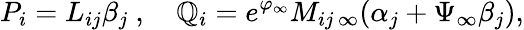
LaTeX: P_{i}=L_{ij}{\beta}_{j}\ ,\ \ \ \ \mathbb{Q}_{i}=e^{\varphi_{\infty}}M_{ij\, \infty}(\alpha_{j}+\Psi_{\infty}\beta_{j}),